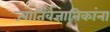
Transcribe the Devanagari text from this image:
ज्योतिर्वैज्ञानिकांना